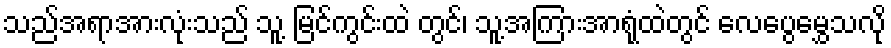
သည်အရာအားလုံးသည် သူ့ မြင်ကွင်းထဲ တွင်၊ သူ့အကြားအာရုံထဲတွင် လေပွေမွှေသလို